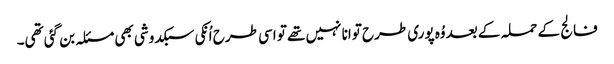
فالج کے حملہ کے بعد وُہ پوری طرح توانا نہیں تھے تو اسی طرح اُنکی سبکدوشی بھی مسئلہ بن گئی تھی۔